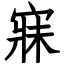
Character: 寐